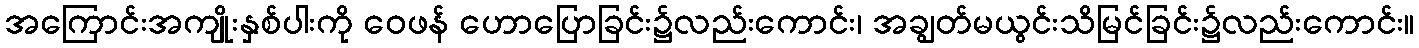
အကြောင်းအကျိုးနှစ်ပါးကို ဝေဖန် ဟောပြောခြင်း၌လည်းကောင်း၊ အချွတ်မယွင်းသိမြင်ခြင်း၌လည်းကောင်း။